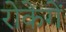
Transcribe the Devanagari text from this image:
रोकेगें